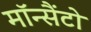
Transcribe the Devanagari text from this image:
मॉन्सैंटो